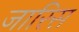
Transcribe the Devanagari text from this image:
जारिस